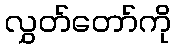
လွှတ်တော်ကို